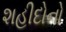
શહીદોનો